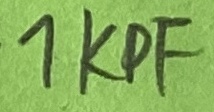
Text: 1KPF